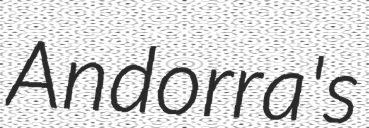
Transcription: Andorra's